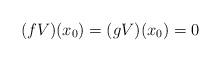
LaTeX: \begin{align*}(fV)(x_0)=(gV)(x_0)=0\end{align*}